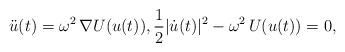
LaTeX: \begin{align*}\ddot u(t) = \omega^2\, \nabla U(u(t)), \frac{1}{2}\vert \dot u(t) \vert^2 - \omega^2\, U(u(t)) = 0,\end{align*}